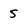
Character: 5